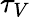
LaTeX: \tau_{V}